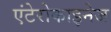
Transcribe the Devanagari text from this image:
एंटेरोकाइनेज